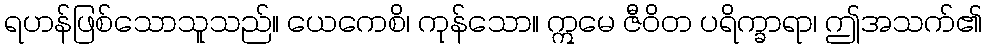
ရဟန်ဖြစ်သောသူသည်။ ယေကေစိ၊ ကုန်သော။ ဣမေ ဇီဝိတ ပရိက္ခာရာ၊ ဤအသက်၏